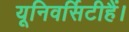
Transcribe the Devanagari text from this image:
यूनिवर्सिटीहैं।